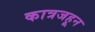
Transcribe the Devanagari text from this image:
कात्रजहून